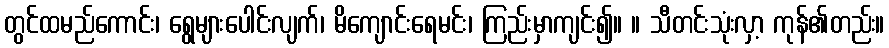
တွင်ထမည်ကောင်း၊ ရွေများပေါင်းလျက်၊ မိကျောင်းရေမင်း၊ ကြည်းမှာကျင်း၍။ ။ သီတင်းသုံးလှာ့ ကုန်၏တည်း။